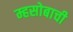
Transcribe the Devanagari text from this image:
म्हसोबाची